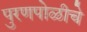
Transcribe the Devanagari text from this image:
पुरणपोळीचे